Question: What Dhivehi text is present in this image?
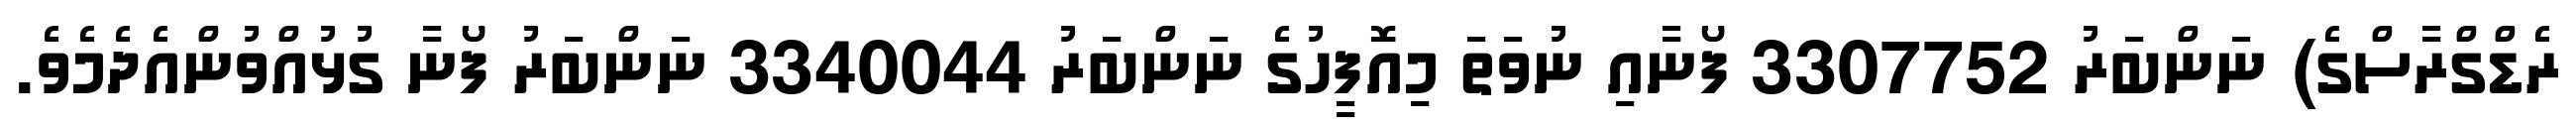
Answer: ރެޑްގްރާސްގެ) ނަންބަރު 3307752 ފޯނާއި ނުވަތަ މިއޮފީހުގެ ނަންބަރު 3340044 ނަންބަރު ފޯނާ ގުޅުއްވުންއެދެމެވެ.